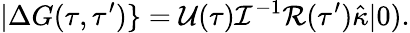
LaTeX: |\Delta G(\tau,\tau^{\prime})\} =\mathcal{U}(\tau)\mathcal{I}^{-1}\mathcal{R}(\tau^{\prime})\hat{\kappa}|0).